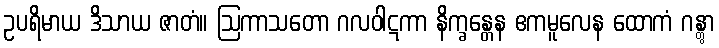
ဥပရိမာယ ဒိသာယ ဇာတံ။ ဩကာသတော ဂလဝါဋကာ နိက္ခန္တေန ဧကမူလေန ထောကံ ဂန္တွာ